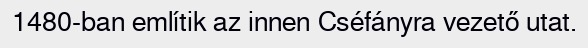
1480-ban említik az innen Cséfányra vezető utat.